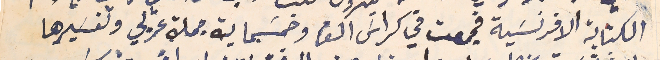
الكتابة الافرنسَية فجمعت في كراسَ الف وخمسَماية جملة عربي وتفسَيرها